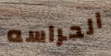
الحراسه